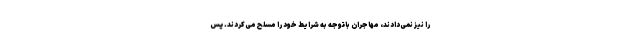
را نیز نمی‌دادند، مهاجران باتوجه به شرایط خود را مسلح می‌کردند. پس